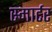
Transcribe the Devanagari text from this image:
स्मार्टर